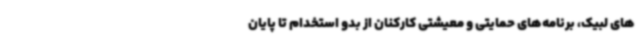
های لبیک، برنامه‌های حمایتی و معیشتی کارکنان از بدو استخدام تا پایان